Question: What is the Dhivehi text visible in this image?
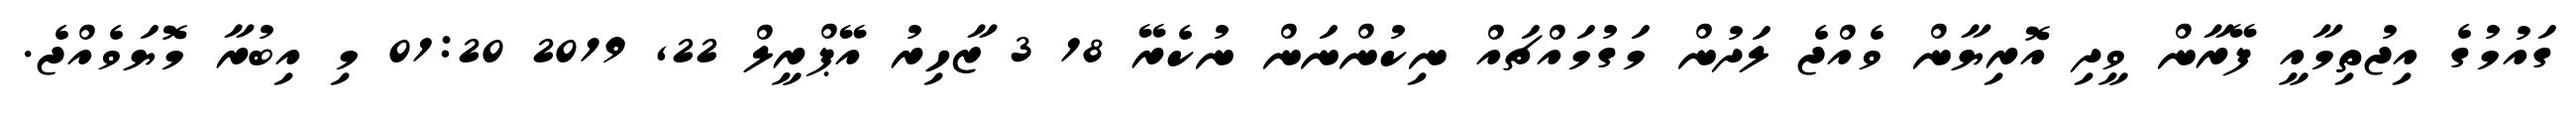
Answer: ގައުމުގެ އިޖުތިމާއީ ފޭރާން ވީދި އޮރިޔާން ވެއްޖެ ލަދުން މަގުމައްޗައް ނިކުންނަން ނުކެރޭ 18 3 ޒާހިރު އޭޕްރީލް 22, 2019 01:20 މި އިބުރާ މޮޔަވެއްޖެ.